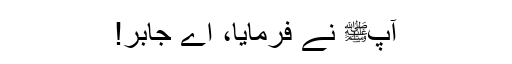
آپﷺ نے فرمایا، اے جابر!